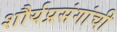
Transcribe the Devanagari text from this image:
शौर्यप्रसंगांची